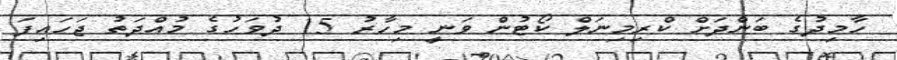
ހާމިދުގެ ބަންދަށް ކްރިމިނަލް ކޯޓުން ވަނީ މިހާރު 15 ދުވަހުގެ މުއްދަތު ޖަހައިފަ